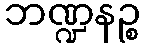
ဘဏ္ဍနဉ္စ